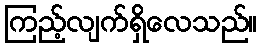
ကြည့်လျက်ရှိလေသည်။